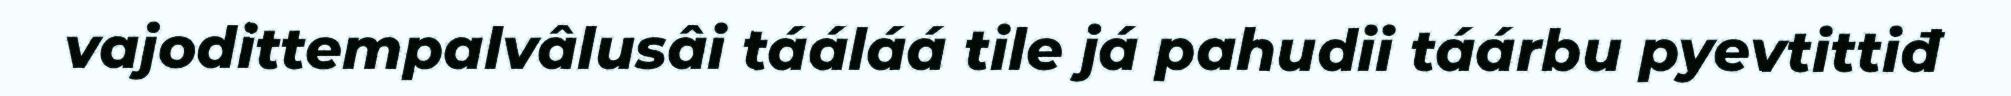
vajodittempalvâlusâi tááláá tile já pahudii táárbu pyevtittiđ